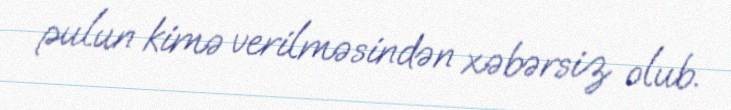
pulun kimə verilməsindən xəbərsiz olub.